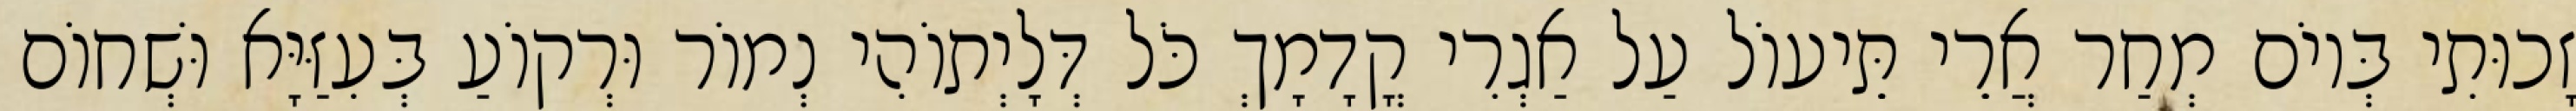
זָכוּתִי בְּיוֹם מְחַר אֲרֵי תֵּיעוֹל עַל אַגְרִי קֳדָמָךְ כֹּל דְּלָיְתוֹהִי נְמוֹר וּרְקוֹעַ בְּעִזַּיָּא וּשְׁחוֹם